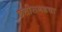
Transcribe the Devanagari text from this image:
छत्तीसगडचा